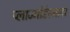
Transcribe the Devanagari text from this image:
प्लाज्मोडेस्माटा